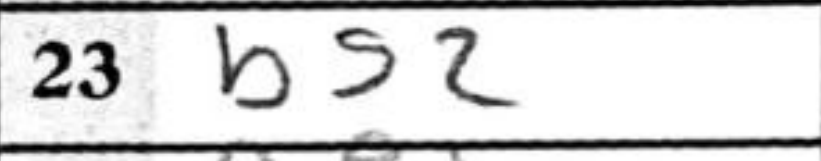
Transcription: bg2